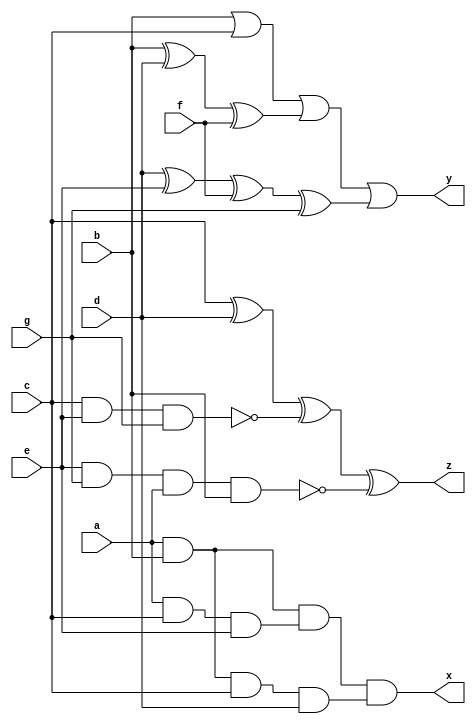
module case3 (a,b,c,d,e,f,g,x,y,z);

input a;
input b;
input c;
input d;
input e;
input f;
input g;
output x;
output y;
output z;


// Defining intermediate wires
wire ab_and, bc_or, cd_xor, de_nand, ef_nor, fg_xor, ag_nand;
wire ace_and, bdf_xor, ceg_nand, adg_nor, bef_and, cfd_xor;
wire abc_and, def_xor, ega_nand, bcd_nor, fae_and, gcb_xor;

// Gates for pairs of inputs
and   (ab_and, a, b);
or    (bc_or, b, c);
xor   (cd_xor, c, d);
nand  (de_nand, d, e);
nor   (ef_nor, e, f);
xor   (fg_xor, f, g);
nand  (ag_nand, a, g);

// Gates for combinations of three inputs
and   (ace_and, a, c, e);
xor   (bdf_xor, b, d, f);
nand  (ceg_nand, c, e, g);
nor   (adg_nor, a, d, g);
and   (bef_and, b, e, f);
xor   (cfd_xor, c, f, d);

// Gates for combinations of four inputs
and   (abc_and, a, b, c, d);
xor   (def_xor, d, e, f, g);
nand  (ega_nand, e, g, a, b);
nor   (bcd_nor, b, c, d, e);
and   (fae_and, f, a, e, g);
xor   (gcb_xor, g, c, b, a);

// Gates for outputs
and   (x, ab_and, ace_and, abc_and);
or    (y, bc_or, bdf_xor, def_xor);
xor   (z, cd_xor, ceg_nand, ega_nand);

endmodule